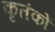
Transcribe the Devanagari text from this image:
कृतंकों